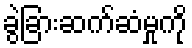
ခွဲခြားဆက်ဆံမှုကို